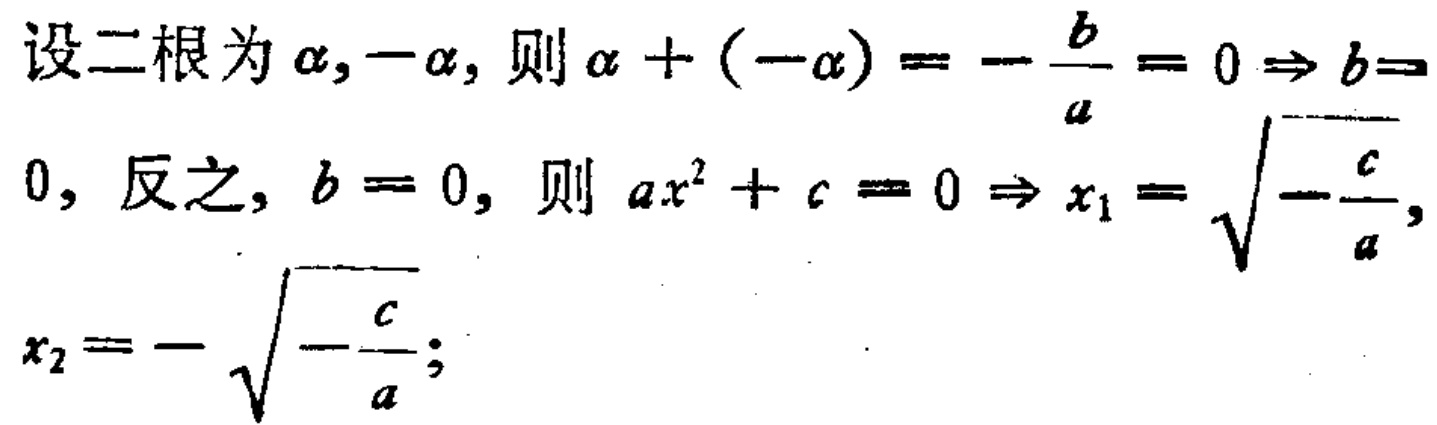
设二根为\(\alpha,-\alpha\)，则\(\alpha + (-\alpha)=-\frac{b}{a}=0\Rightarrow b = 0\)，反之，\(b = 0\)，则\(ax^{2}+c = 0\Rightarrow x_{1}=\sqrt{-\frac{c}{a}}\)，\(x_{2}=-\sqrt{-\frac{c}{a}}\)；